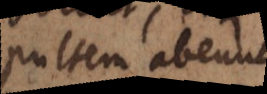
pultem abeunt.